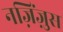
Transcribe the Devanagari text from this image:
नज़िंज़ुस